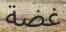
غضة